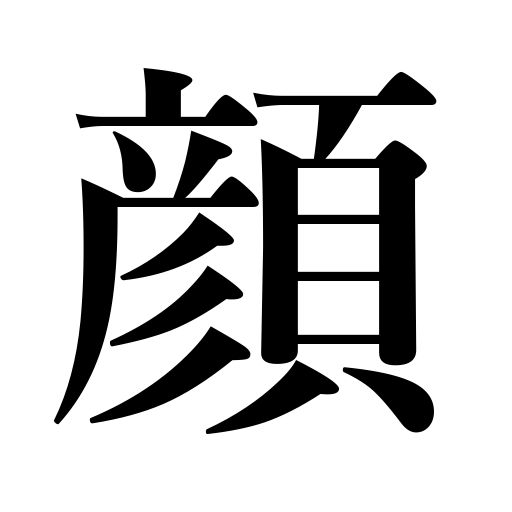
Meanings: face,prestige,honor,countenance,expression